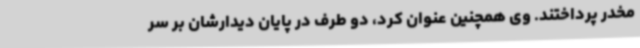
مخدر پرداختند. وی همچنین عنوان کرد، دو طرف در پایان دیدارشان بر سر